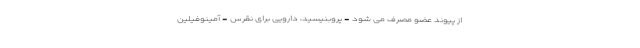
از پیوند عضو مصرف می شود - پروبنیسید، دارویی برای نقرس - آمینوفیلین